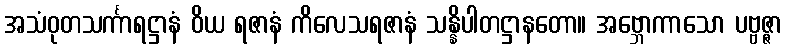
အသံဝုတသင်္ကာရဋ္ဌာနံ ဝိယ ရဇာနံ ကိလေသရဇာနံ သန္နိပါတဋ္ဌာနတော။ အဗ္ဘောကာသော ပဗ္ဗဇ္ဇာ